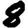
Digit: 8